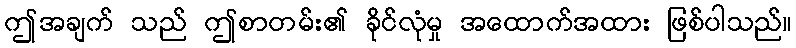
ဤအချက် သည် ဤစာတမ်း၏ ခိုင်လုံမှု အထောက်အထား ဖြစ်ပါသည်။